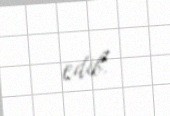
edib.